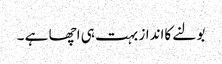
بولنے کاانداز بہت ہی اچھا ہے ۔